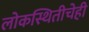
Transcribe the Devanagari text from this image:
लोकस्थितीचेही